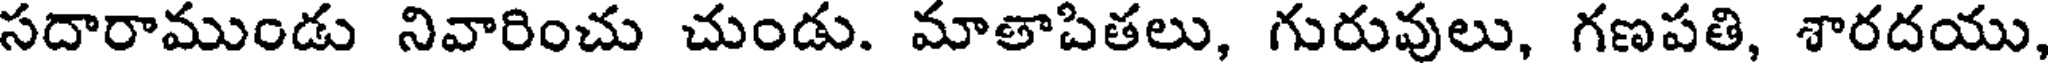
సదారాముండు నివారించు చుండు. మాతాపితలు, గురువులు, గణపతి, శారదయు,